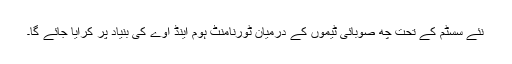
نئے سسٹم کے تحت چھ صوبائی ٹیموں کے درمیان ٹورنامنٹ ہوم اینڈ اوے کی بنیاد پر کرایا جائے گا۔